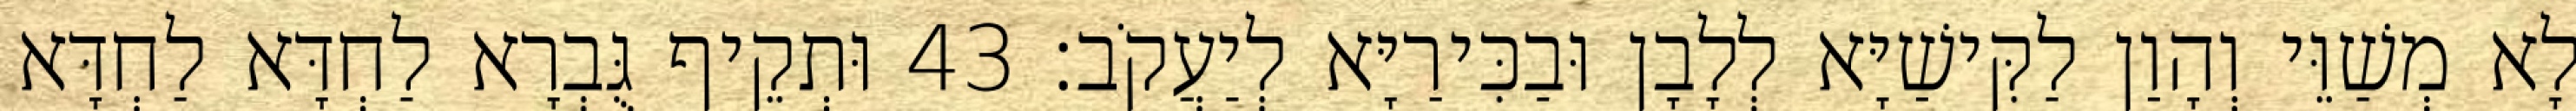
לָא מְשַׁוֵּי וְהָוַן לַקִּישַׁיָּא לְלָבָן וּבַכִּירַיָּא לְיַעֲקֹב׃ 43 וּתְקֵיף גֻּבְרָא לַחְדָּא לַחְדָּא